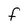
Character: f